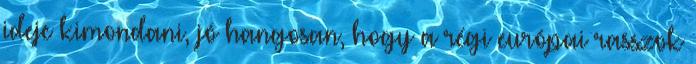
ideje kimondani, jó hangosan, hogy a régi európai rasszok